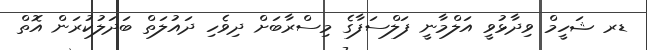
ޑރ ޝަހީމް ވިދާޅުވީ އަލްމާނީ ފަލްސަފާގެ މިސްރާބަށް ދިވެހި ދައުލަތް ބަދަލުކުރަން އޮތް